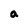
Character: a